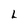
Character: L